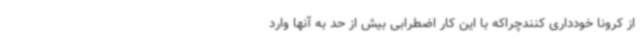
از کرونا خودداری کنندچراکه با این کار اضطرابی بیش از حد به آنها وارد